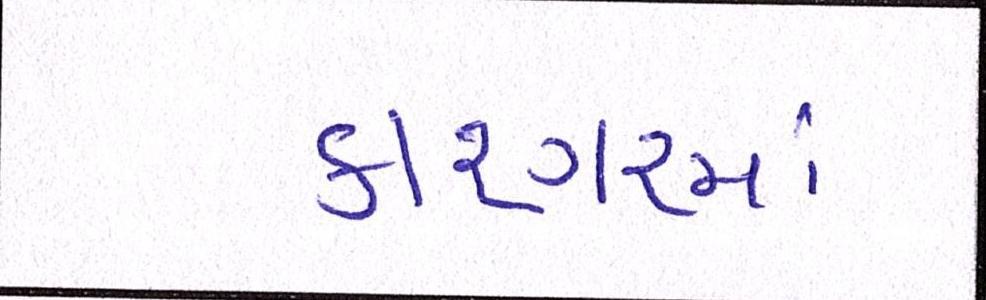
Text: કાશ્ગરમાં